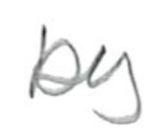
Text: by
Cross-out: clean
Writing tool: pencil